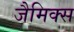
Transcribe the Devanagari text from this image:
जैमिक्स